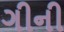
ગીની